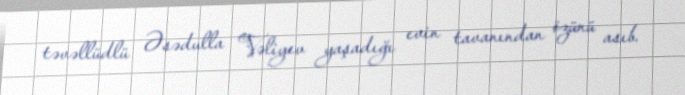
təvəllüdlü Əsədulla Vəliyev yaşadığı evin tavanından özünü asıb.